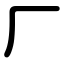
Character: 厂